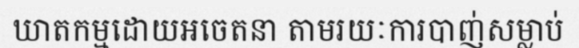
ឃាតកម្មដោយអចេតនា តាមរយៈការបាញ់សម្លាប់